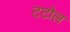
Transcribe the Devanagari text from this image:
टटोल